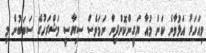
މިއަހަރު އަޅުވާނެ ކަން މުއާ ޔަގީންކޮށްދިން ނަމަވެސް ސިޔާސީ މަޝްރަހުގެ ސަބަބުން މި